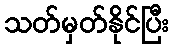
သတ်မှတ်နိုင်ပြီး